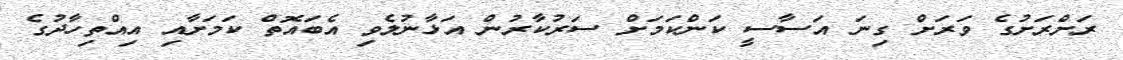
ރަށްރަށުގެ ވަރަށް ގިނަ އަސާސީ ކަންކަމަށް ސަރުކާރުން އަޅާނުލެވި އެބައޮތް ކަމަށާއި އިއްތިހާދުގެ